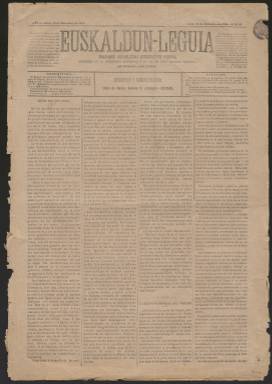
Título: Euskaldun-leguia (Bilbao)
Otros títulos: Euskaldun leguia
Colección: Periódicos
Ámbito geográfico: Vizcaya
Lugar de publicación: Bilbao
Fechas: 18/12/1882-18/12/1882